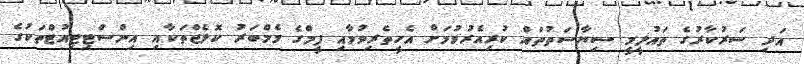
އަދި ސަރުކާރުގެ ތައުލީމީ ސިޔާސަތުތައް ކުރިއެރުވުމަށް އެހީތެރިވުމާއި ފީމްގެ މެމްބަރު ކޮލެޖްތަކާއި އިންސްޓިޓިއުޓްތަކުގެ